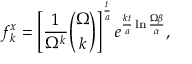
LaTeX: f _ { k } ^ { x } = \left[ { \frac { 1 } { \Omega ^ { k } } } { \binom { \Omega } { k } } \right] ^ { \frac { t } { a } } e ^ { { \frac { k t } { a } } \ln { \frac { \Omega \beta } { \alpha } } } ,